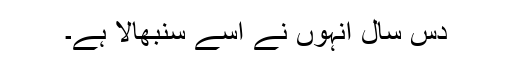
دس سال انہوں نے اسے سنبھالا ہے۔